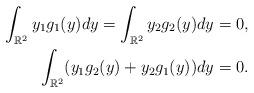
LaTeX: \begin{align*} \int_{\mathbb R^2} y_1 g_1(y) dy = \int_{\mathbb R^2} y_2 g_2 (y) dy =0, \\ \int_{\mathbb R^2} (y_1 g_2(y) + y_2 g_1(y)) dy =0. \end{align*}